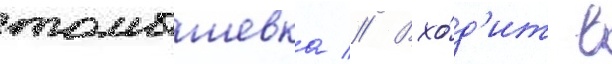
томышевка // Вхо́д'ит в